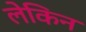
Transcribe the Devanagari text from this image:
लेकिन